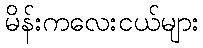
မိန်းကလေးငယ်များ